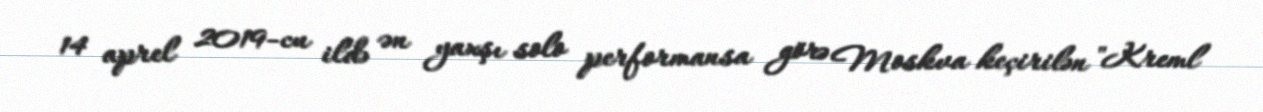
14 aprel 2019-cu ildə ən yaxşı solo performansa görə Moskva keçirilən "Kreml